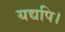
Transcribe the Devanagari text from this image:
यद्यपि।